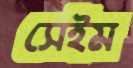
সেইম